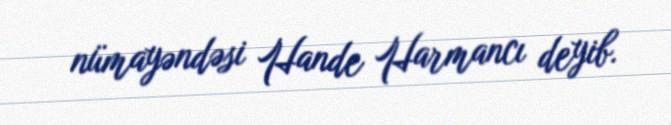
nümayəndəsi Hande Harmancı deyib.